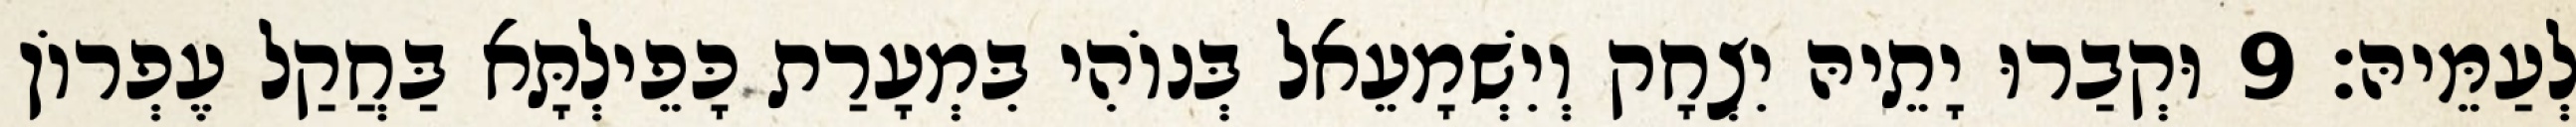
לְעַמֵּיהּ׃ 9 וּקְבַרוּ יָתֵיהּ יִצְחָק וְיִשְׁמָעֵאל בְּנוֹהִי בִּמְעָרַת כָּפֵילְתָּא בַּחֲקַל עֶפְרוֹן